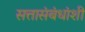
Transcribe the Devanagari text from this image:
सत्तासंबंधांशी